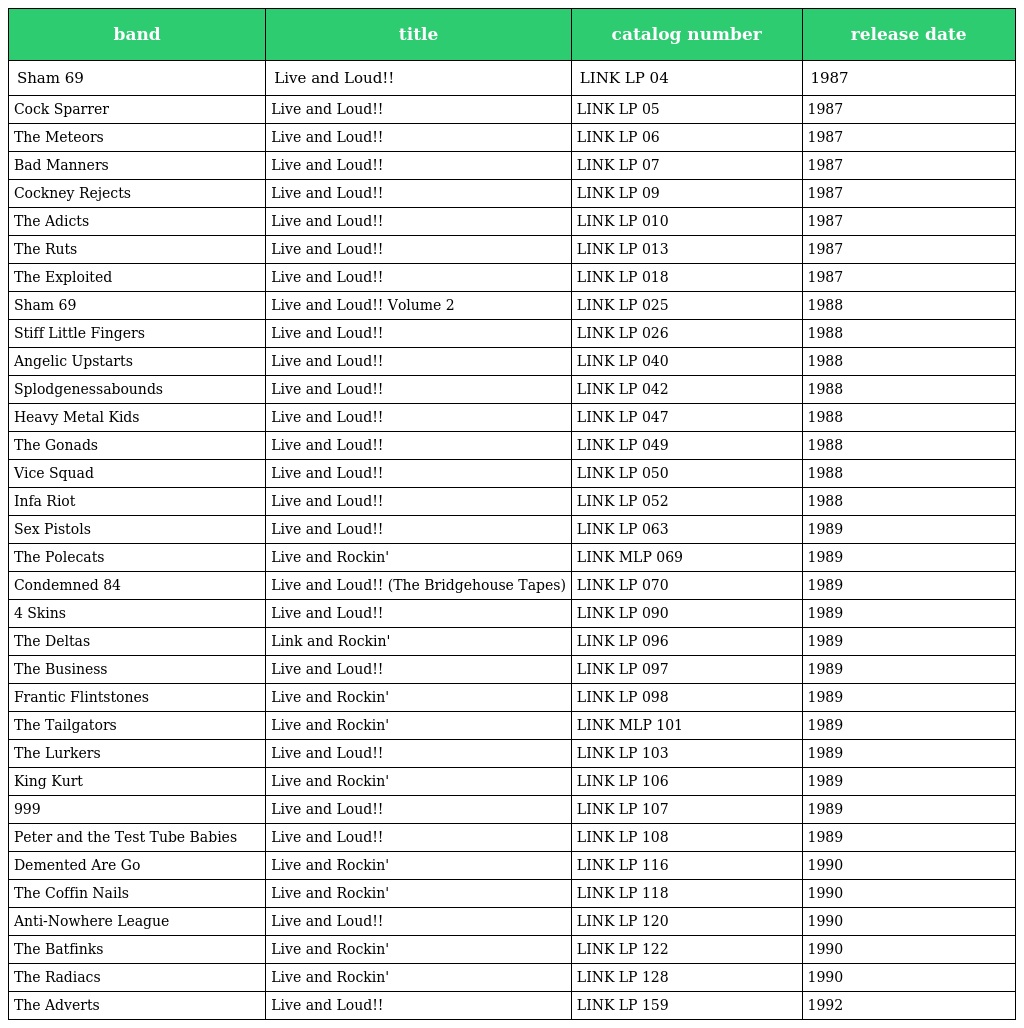
| band | title | catalog number | release date |
 | --- | --- | --- | --- |
 | Sham 69 | Live and Loud!! | LINK LP 04 | 1987 |
 | Cock Sparrer | Live and Loud!! | LINK LP 05 | 1987 |
 | The Meteors | Live and Loud!! | LINK LP 06 | 1987 |
 | Bad Manners | Live and Loud!! | LINK LP 07 | 1987 |
 | Cockney Rejects | Live and Loud!! | LINK LP 09 | 1987 |
 | The Adicts | Live and Loud!! | LINK LP 010 | 1987 |
 | The Ruts | Live and Loud!! | LINK LP 013 | 1987 |
 | The Exploited | Live and Loud!! | LINK LP 018 | 1987 |
 | Sham 69 | Live and Loud!! Volume 2 | LINK LP 025 | 1988 |
 | Stiff Little Fingers | Live and Loud!! | LINK LP 026 | 1988 |
 | Angelic Upstarts | Live and Loud!! | LINK LP 040 | 1988 |
 | Splodgenessabounds | Live and Loud!! | LINK LP 042 | 1988 |
 | Heavy Metal Kids | Live and Loud!! | LINK LP 047 | 1988 |
 | The Gonads | Live and Loud!! | LINK LP 049 | 1988 |
 | Vice Squad | Live and Loud!! | LINK LP 050 | 1988 |
 | Infa Riot | Live and Loud!! | LINK LP 052 | 1988 |
 | Sex Pistols | Live and Loud!! | LINK LP 063 | 1989 |
 | The Polecats | Live and Rockin' | LINK MLP 069 | 1989 |
 | Condemned 84 | Live and Loud!! (The Bridgehouse Tapes) | LINK LP 070 | 1989 |
 | 4 Skins | Live and Loud!! | LINK LP 090 | 1989 |
 | The Deltas | Link and Rockin' | LINK LP 096 | 1989 |
 | The Business | Live and Loud!! | LINK LP 097 | 1989 |
 | Frantic Flintstones | Live and Rockin' | LINK LP 098 | 1989 |
 | The Tailgators | Live and Rockin' | LINK MLP 101 | 1989 |
 | The Lurkers | Live and Loud!! | LINK LP 103 | 1989 |
 | King Kurt | Live and Rockin' | LINK LP 106 | 1989 |
 | 999 | Live and Loud!! | LINK LP 107 | 1989 |
 | Peter and the Test Tube Babies | Live and Loud!! | LINK LP 108 | 1989 |
 | Demented Are Go | Live and Rockin' | LINK LP 116 | 1990 |
 | The Coffin Nails | Live and Rockin' | LINK LP 118 | 1990 |
 | Anti-Nowhere League | Live and Loud!! | LINK LP 120 | 1990 |
 | The Batfinks | Live and Rockin' | LINK LP 122 | 1990 |
 | The Radiacs | Live and Rockin' | LINK LP 128 | 1990 |
 | The Adverts | Live and Loud!! | LINK LP 159 | 1992 |